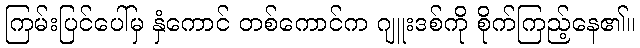
ကြမ်းပြင်ပေါ်မှ နှံကောင် တစ်ကောင်က ဂျူးဒစ်ကို စိုက်ကြည့်နေ၏။